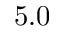
5 . 0